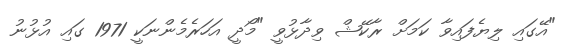
"އޭގައި ލިޔެފައިވާ ކަމަށް ރާކޭޝް ވިދާޅުވީ "މޯދީ އަހަރެމެންނަކީ 1971 ގައި އުޅުނު